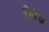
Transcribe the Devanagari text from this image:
रँगरेज